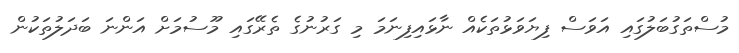
މުސްތަގުބަލުގައި އަވަސް ފިޔަވަޅުތަކެއް ނާޅައިފިނަމަ މި ގަރުނުގެ ތެރޭގައި މޫސުމަށް އަންނަ ބަދަލުތަކުން